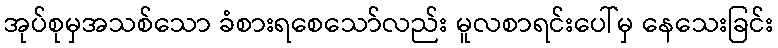
အုပ်စုမှအသစ်သော ခံစားရစေသော်လည်း မူလစာရင်းပေါ်မှ နေသေးခြင်း